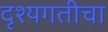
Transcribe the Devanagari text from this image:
दृश्यगतीचा